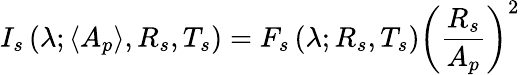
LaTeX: I_{s}\left(\lambda;\langle A_{p}\rangle,R_{s},T_{s}\right)=F_{s}\left(\lambda;R_{s},T_{s}\right)\left(\frac{R_{s}}{A_{p}}\right)^{2}